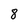
Character: 8